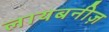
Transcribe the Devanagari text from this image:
लायबनीज़